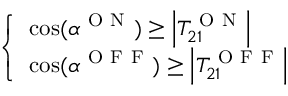
\left\{ \begin{array} { l } { \cos ( \alpha ^ { \mathrm { ~ O ~ N ~ } } ) \geq \left| T _ { 2 1 } ^ { \mathrm { ~ O ~ N ~ } } \right| } \\ { \cos ( \alpha ^ { \mathrm { ~ O ~ F ~ F ~ } } ) \geq \left| T _ { 2 1 } ^ { \mathrm { ~ O ~ F ~ F ~ } } \right| } \end{array} \right.